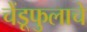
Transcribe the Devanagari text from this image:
चेंडूफुलाचे